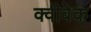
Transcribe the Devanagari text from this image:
क्वीबेक